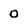
Character: 0